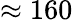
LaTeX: \approx 160